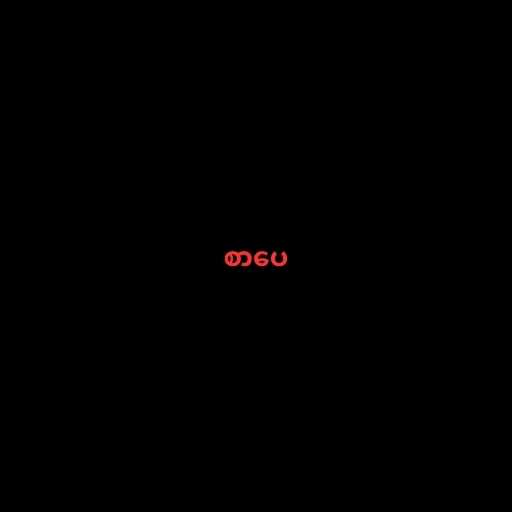
စာပေ